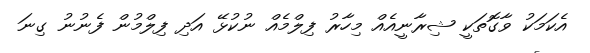
އެކަމަކު ވާގޮތަކީ ޝިރާނީއެއް މިހާރު ފިލްމެއް ނުކުޅޭ އަދި ފިލްމުން ފެނުނު ގިނަ